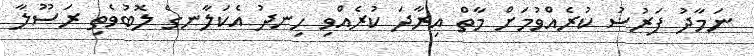
ނަމާދު ފަރުޟު ކުރެއްވުމަށް މާތް އިރާދަ ކުރެއްވި ހިނދު އެކަލާނގެ ލޮބުވެތި ރަސޫލާ